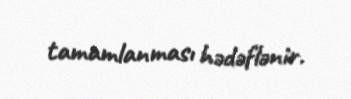
tamamlanması hədəflənir.